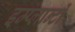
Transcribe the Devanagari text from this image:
इम्प्लान्टों